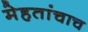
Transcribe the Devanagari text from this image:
मेहतांचाच